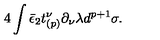
4 \int \bar { \epsilon } _ { 2 } t _ { ( p ) } ^ { \nu } \partial _ { \nu } \lambda d ^ { p + 1 } \sigma .